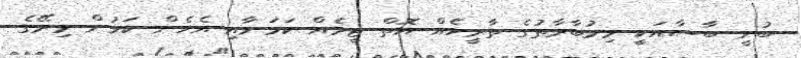
ބުނީ ބާސާއަކީ މިމުބާރާތުގެ ތާރީހެއް އޮތް ޓީމެއް ކަމަށާއި އެހެން ކަމުން މިރޭގެ